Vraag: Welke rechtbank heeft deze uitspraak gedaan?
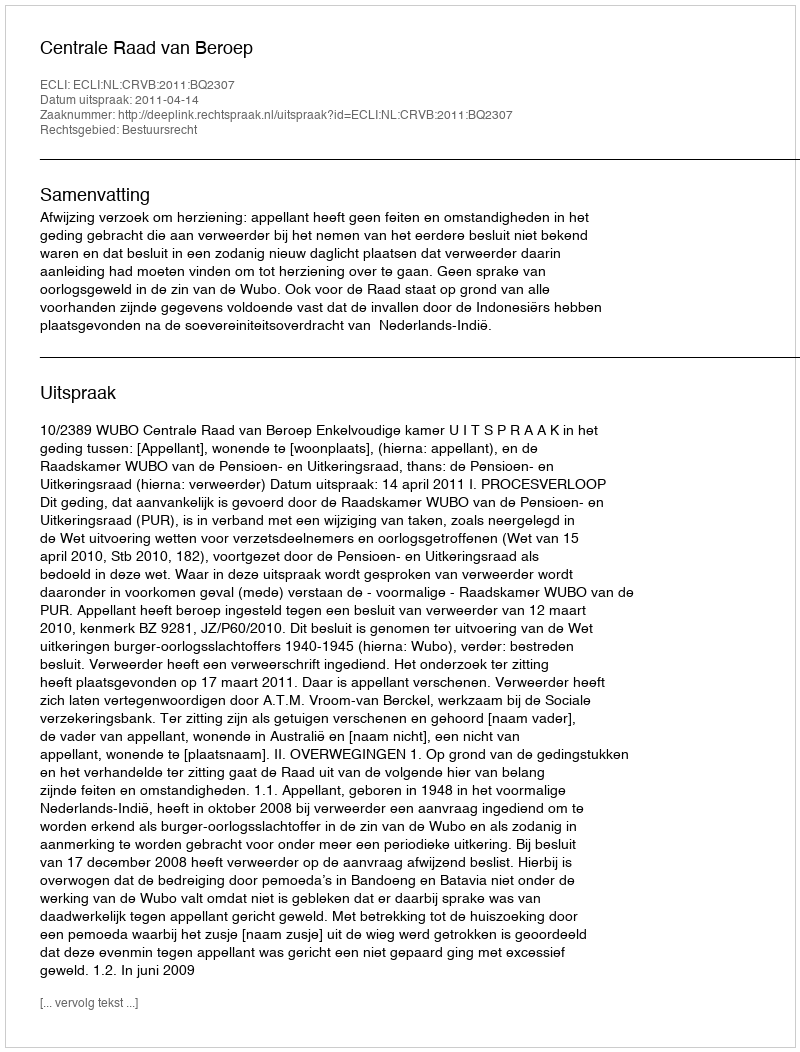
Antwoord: Centrale Raad van Beroep